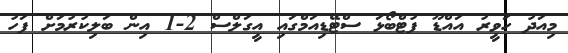
މިއަދު ހަވީރު އައްޑޫ ފުޓްބޯޅަ ސްޓޭޑިއަމްގައި އީގަލްސް 2-1 އިން ބަލިކުރުމަށް ފަހު